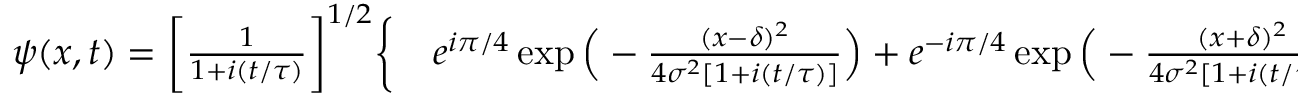
\begin{array} { r l } { \psi ( x , t ) = \bigg [ \frac { 1 } { 1 + i ( t / \tau ) } \bigg ] ^ { 1 / 2 } \bigg \{ } & { { } e ^ { i \pi / 4 } \exp \Big ( - \frac { ( x - \delta ) ^ { 2 } } { 4 \sigma ^ { 2 } [ 1 + i ( t / \tau ) ] } \Big ) + e ^ { - i \pi / 4 } \exp \Big ( - \frac { ( x + \delta ) ^ { 2 } } { 4 \sigma ^ { 2 } [ 1 + i ( t / \tau ) ] } \Big ) \bigg \} } \end{array}